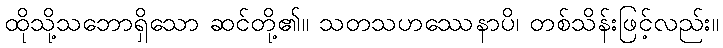
ထိုသို့သဘောရှိသော ဆင်တို့၏။ သတသဟဿေနာပိ၊ တစ်သိန်းဖြင့်လည်း။